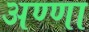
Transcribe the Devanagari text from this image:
अण्‍णा